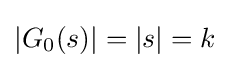
|G_{0}(s)|=|s|=k